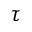
\tau